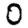
Digit: 0